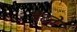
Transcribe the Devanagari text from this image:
बैटते